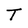
Character: T